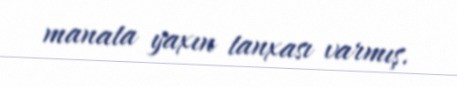
manata yaxın tanxası varmış.